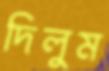
দিলুম